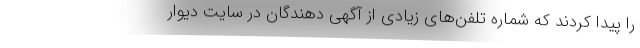
را پیدا کردند که شماره تلفن‌های زیادی از آگهی دهندگان در سایت دیوار